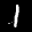
Label: 1